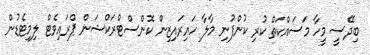
ބިދޭސީ މީހާ މަސައްކަތް ކުރި ކުންފުނި މާލާ ހައިރައިޒިން ކޮންސްޓްރަކްޝަން ޕްރައިވެޓް ލިމިޓެޑުން